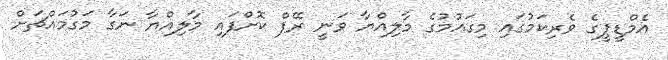
އެމްޑީޕީގެ ވެރިކަމުގައި މިގައުމުގެ މާލިއްޔާ ވަނީ ރޭޕް ކޮށްފައި މާލިއްޔާ ނަގާ މަގުމައްޗަށް